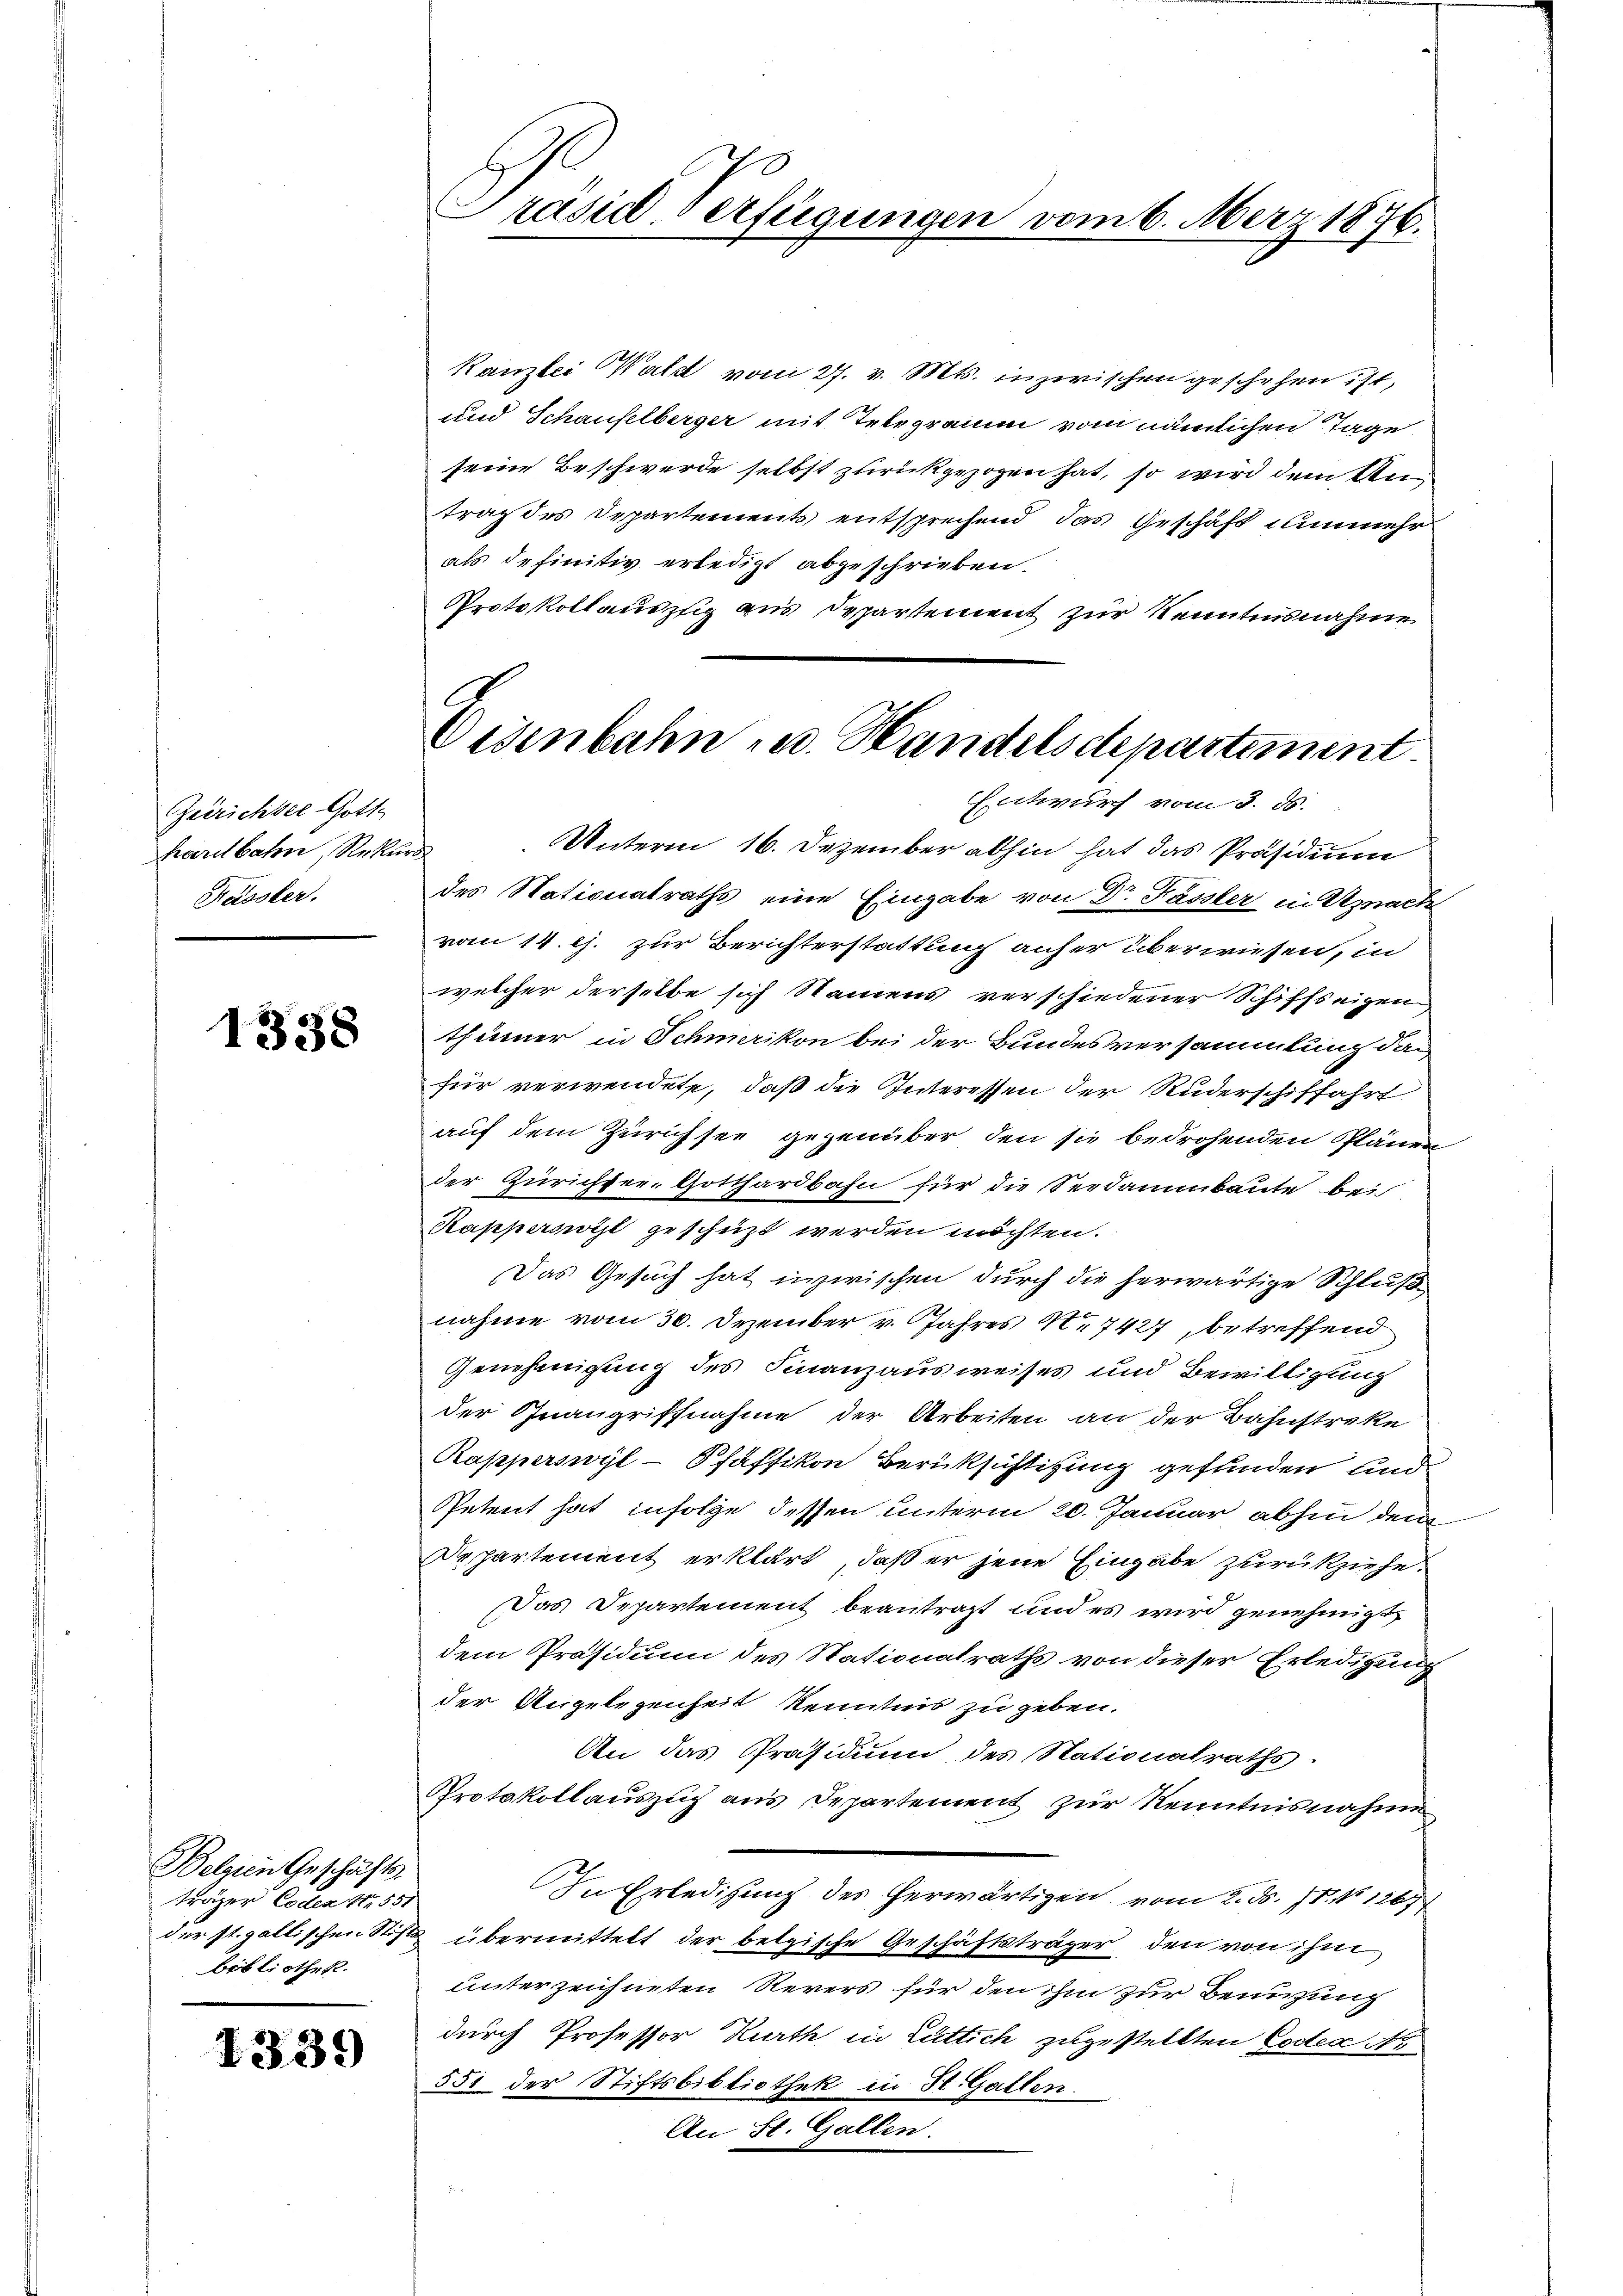
Zeirichter Gott-
hardbahn, Reku
Kässler.

1338

Kanzlei Wald vom 27. v. Mts. inzwischen geschehen ist,
und Schaufelberger mit Telegramm vom nämlichen Tage
seine Beschwerde selbst zurückgezogen hat, so wird dem Antrag des Departements entsprechend, das Geschäft nunmehr
als definitiv erledigt abgeschrieben.
Protokollauszug aus Departement zur Kenntnisnahme

Belnen Geschäfts
träger Coden 182. 551
bibliothek.

I339

Präsid. Verfügungen vom 6. März 1876.

Eisenbahn- u. Handelsdepartement.
Entwurf vom 3. ds.

Unterm 16. Dezember abhin hat das Präsidium
uch
des Nationalraths eine Eingabe von Dr. Fasster in Uznach
vom 14. c. zur Berichterstattung anher überwiesen, in
welcher derselbe sich Namens verschiedener Schiffseigen
thümer in Schmerikon bei der Bundesversammlung das
für verwendete, daß die Interessen der Ruderschiffahrt
auf dem Zürichsee gegenüber den sie bedrohenden Plänen-
der Zürichter-Gotthardbahn für die Seedammbaute bei
Kappersort geschüzt werden möchten.
Das Gesuch hat inzwischen durch die herwärtige Schluß
nahme vom 30. Dezember v. Jahres No 7427, betreffend
Genehmigung des Finanzausweises und Bewilligung
der Inangriffnahme der Arbeiten an der Bahnstreke
Rapperswyl-Pfaffikon Berüksichtigung gefunden und
Spetent hat infolge dessen unterm 20. Januar abhin dem
Departement erklärt, daß er jene Eingabe zurückziehe¬
Das Separtement beantragt und es wird genehmigt
dem Präsidium des Stationalraths von dieser Erledigung
der Angelegenheit kenntnis zu geben.
An das Präsidium des Stationalraths.
Protokollauszug aus Departement zur Kenntnisnahme
In Erledigung des herwärtigen vom 2. ds. 1. No 1267
der st. gallischen Stift übermittelt der belgische Geschäftsträger den von ihm
unterzeichneten Revers für den ihm zur Benutzung
durch Professor Kurth in Luttich zugestellten Codex Nr
551 der Stiftsbibliothek in St. Gallen.
An St. Gallen.